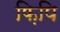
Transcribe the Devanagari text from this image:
फ़िपि